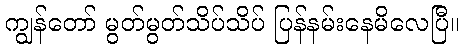
ကျွန်တော် မွတ်မွတ်သိပ်သိပ် ပြန်နမ်းနေမိလေပြီ။